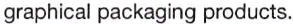
graphical packaging products.